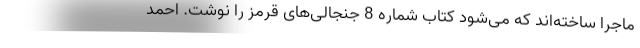
ماجرا ساخته‌اند که می‌شود کتاب شماره 8 جنجالی‌های قرمز را نوشت. احمد